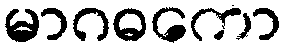
မာဂဓကော